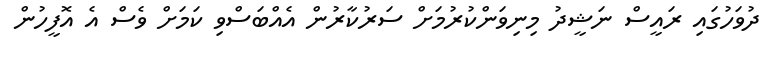
ދުވަހުގައި ރައީސް ނަޝީދު މިނިވަންކުރުމަށް ސަރުކާރުން އެއްބަސްވި ކަމަށް ވެސް އެ އޮފީހުން